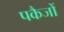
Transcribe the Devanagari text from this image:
पकैजों